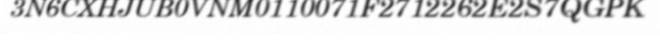
3N6CXHJUB0VNM0110071F2712262E2S7QGPK